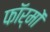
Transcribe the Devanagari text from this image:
फाॅर्मों